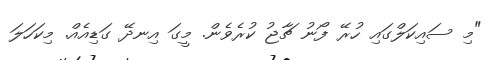
"މި ސައިކަލްގައި ހުރޭ ފޯނު ޗާޖު ކުރެވެން. މީގަ އިނދޭ ގަޑިއެއް. މިކަހަލަ